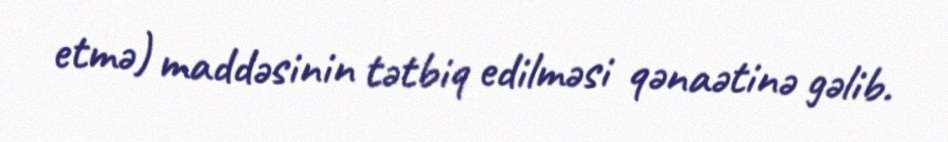
etmə) maddəsinin tətbiq edilməsi qənaətinə gəlib.